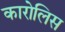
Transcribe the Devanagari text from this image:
कारोलिस